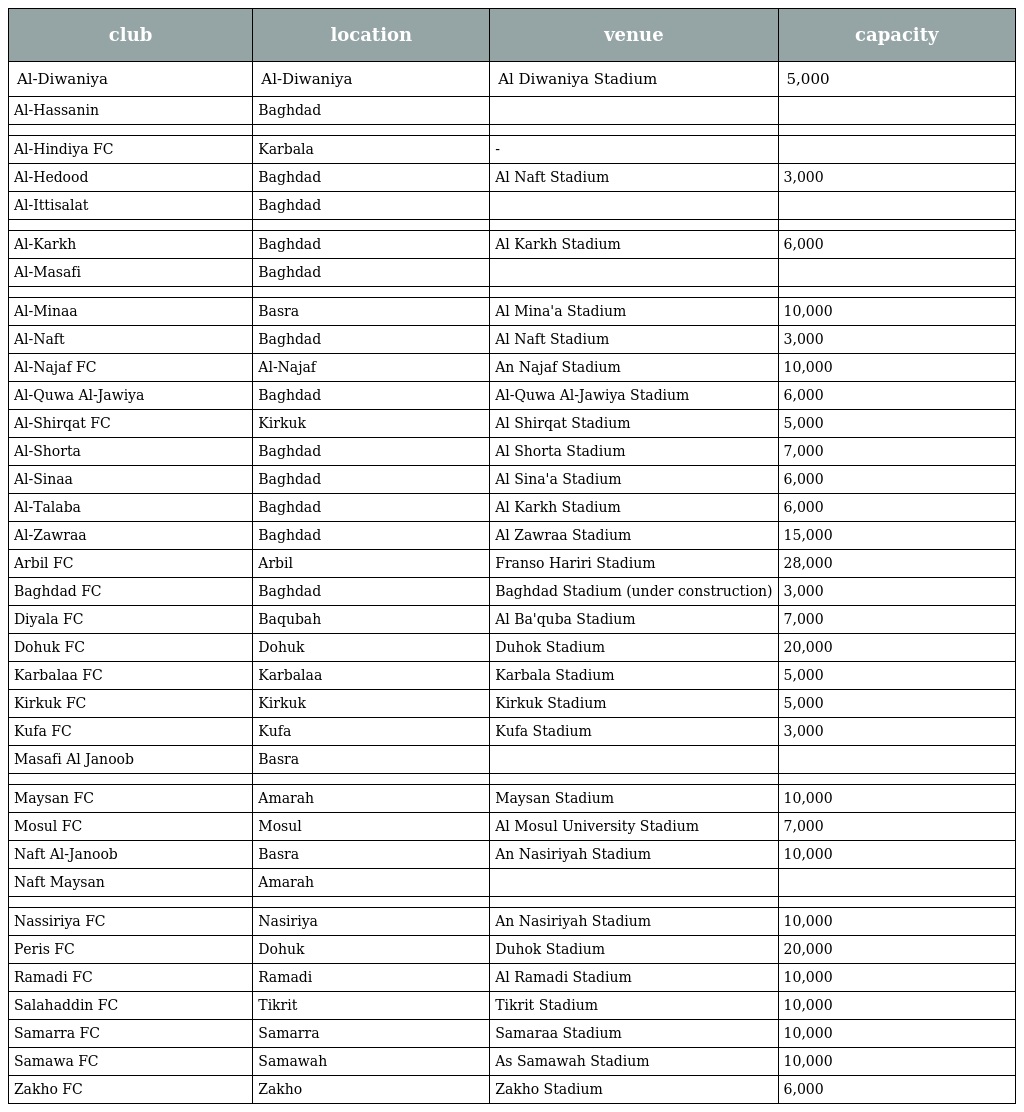
| club | location | venue | capacity |
 | --- | --- | --- | --- |
 | Al-Diwaniya | Al-Diwaniya | Al Diwaniya Stadium | 5,000 |
 | Al-Hassanin | Baghdad |  |  |
 |  |  |  |  |
 | Al-Hindiya FC | Karbala | - |  |
 | Al-Hedood | Baghdad | Al Naft Stadium | 3,000 |
 | Al-Ittisalat | Baghdad |  |  |
 |  |  |  |  |
 | Al-Karkh | Baghdad | Al Karkh Stadium | 6,000 |
 | Al-Masafi | Baghdad |  |  |
 |  |  |  |  |
 | Al-Minaa | Basra | Al Mina'a Stadium | 10,000 |
 | Al-Naft | Baghdad | Al Naft Stadium | 3,000 |
 | Al-Najaf FC | Al-Najaf | An Najaf Stadium | 10,000 |
 | Al-Quwa Al-Jawiya | Baghdad | Al-Quwa Al-Jawiya Stadium | 6,000 |
 | Al-Shirqat FC | Kirkuk | Al Shirqat Stadium | 5,000 |
 | Al-Shorta | Baghdad | Al Shorta Stadium | 7,000 |
 | Al-Sinaa | Baghdad | Al Sina'a Stadium | 6,000 |
 | Al-Talaba | Baghdad | Al Karkh Stadium | 6,000 |
 | Al-Zawraa | Baghdad | Al Zawraa Stadium | 15,000 |
 | Arbil FC | Arbil | Franso Hariri Stadium | 28,000 |
 | Baghdad FC | Baghdad | Baghdad Stadium (under construction) | 3,000 |
 | Diyala FC | Baqubah | Al Ba'quba Stadium | 7,000 |
 | Dohuk FC | Dohuk | Duhok Stadium | 20,000 |
 | Karbalaa FC | Karbalaa | Karbala Stadium | 5,000 |
 | Kirkuk FC | Kirkuk | Kirkuk Stadium | 5,000 |
 | Kufa FC | Kufa | Kufa Stadium | 3,000 |
 | Masafi Al Janoob | Basra |  |  |
 |  |  |  |  |
 | Maysan FC | Amarah | Maysan Stadium | 10,000 |
 | Mosul FC | Mosul | Al Mosul University Stadium | 7,000 |
 | Naft Al-Janoob | Basra | An Nasiriyah Stadium | 10,000 |
 | Naft Maysan | Amarah |  |  |
 |  |  |  |  |
 | Nassiriya FC | Nasiriya | An Nasiriyah Stadium | 10,000 |
 | Peris FC | Dohuk | Duhok Stadium | 20,000 |
 | Ramadi FC | Ramadi | Al Ramadi Stadium | 10,000 |
 | Salahaddin FC | Tikrit | Tikrit Stadium | 10,000 |
 | Samarra FC | Samarra | Samaraa Stadium | 10,000 |
 | Samawa FC | Samawah | As Samawah Stadium | 10,000 |
 | Zakho FC | Zakho | Zakho Stadium | 6,000 |